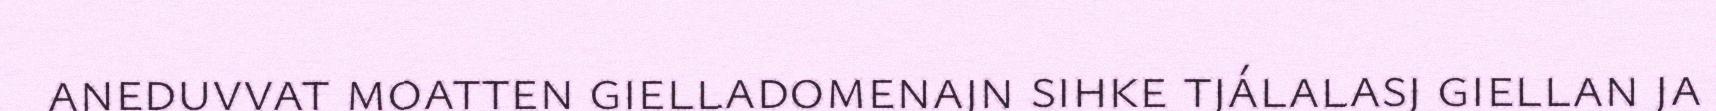
aneduvvat moatten gielladomenajn sihke tjálalasj giellan ja